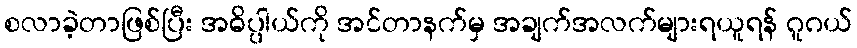
စလာခဲ့တာဖြစ်ပြီး အဓိပ္ပါယ်ကို အင်တာနက်မှ အချက်အလက်များရယူရန် ဂူဂယ်